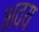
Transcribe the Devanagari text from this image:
भवय